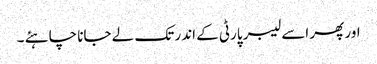
اور پھر اسے لیبر پارٹی کے اندر تک لے جانا چاہئے ۔